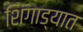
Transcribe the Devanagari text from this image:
शिंगाड्यात